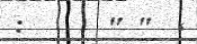
:      " "